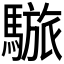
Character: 𩥆